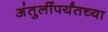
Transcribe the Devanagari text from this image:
अंतुर्लीपर्यंतच्या